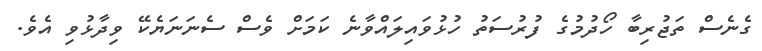
ގެނެސް ތަޖުރިބާ ހޯދުމުގެ ފުރުސަތު ހުޅުވައިލައްވާނެ ކަމަށް ވެސް ސެނަނަޔެކޭ ވިދާޅުވި އެވެ.